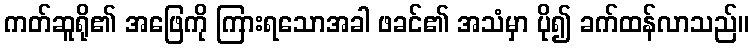
ကတ်ဆူရို၏ အဖြေကို ကြားရသောအခါ ဖခင်၏ အသံမှာ ပို၍ ခက်ထန်လာသည်။